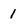
Character: 1